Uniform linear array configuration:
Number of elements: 32
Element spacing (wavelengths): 0.75
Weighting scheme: kaiser
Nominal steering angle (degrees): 60
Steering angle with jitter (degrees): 61.023
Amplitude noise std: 0.05
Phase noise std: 0.05

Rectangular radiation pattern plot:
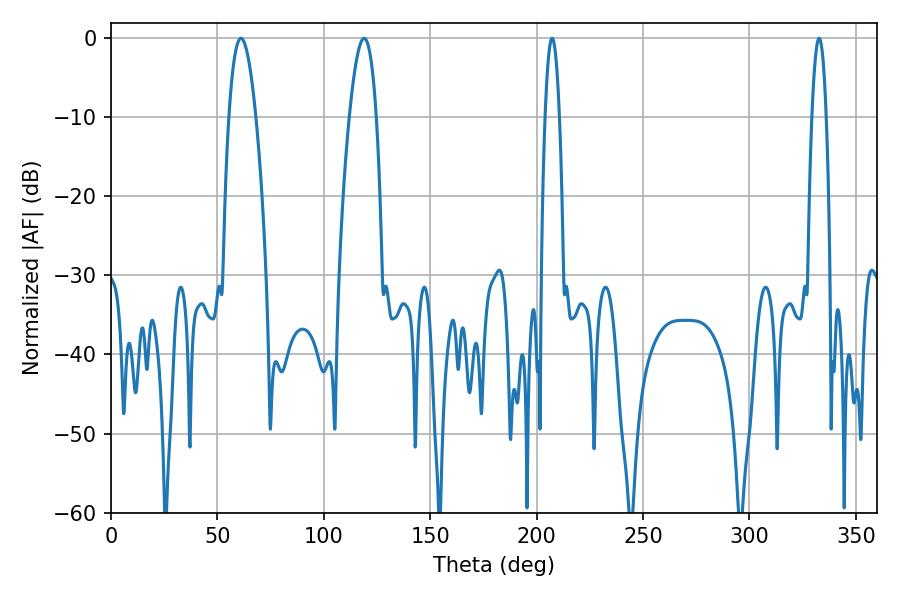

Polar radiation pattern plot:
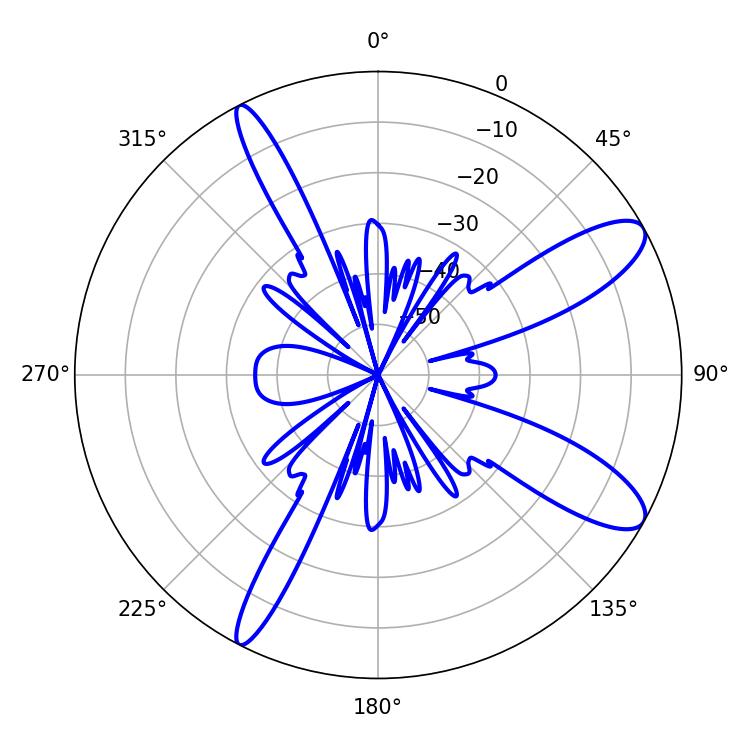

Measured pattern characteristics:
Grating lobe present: TRUE
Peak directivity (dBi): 10.83
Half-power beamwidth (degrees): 7.02
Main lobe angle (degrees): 61.02